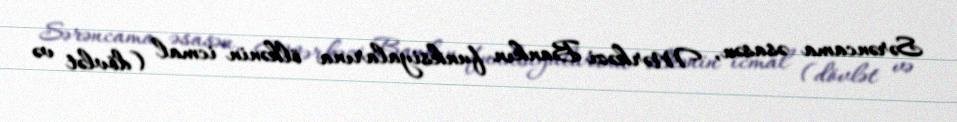
Sərəncama əsasən, Mərkəzi Bankın funksiyalarına ölkənin icmal (dövlət və